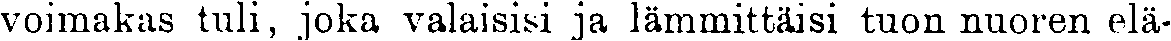
voimakas tuli, joka valaisisi ja lämmittäisi tuon nuoren elä-